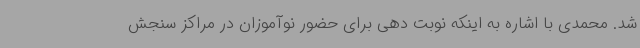
شد. محمدی با اشاره به اینکه نوبت دهی برای حضور نوآموزان در مراکز سنجش